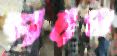
পরমা